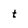
Character: t